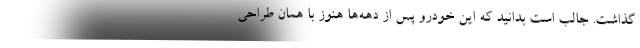
گذاشت. جالب است بدانید که این خودرو پس از دهه‌ها هنوز با همان طراحی